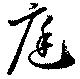
庭